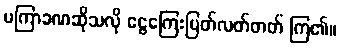
မကြာခဏဆိုသလို ငွေကြေးပြတ်လတ်တတ် ကြ၏။